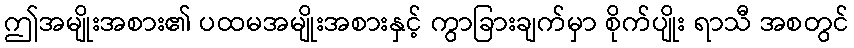
ဤအမျိုးအစား၏ ပထမအမျိုးအစားနှင့် ကွာခြားချက်မှာ စိုက်ပျိုး ရာသီ အစတွင်